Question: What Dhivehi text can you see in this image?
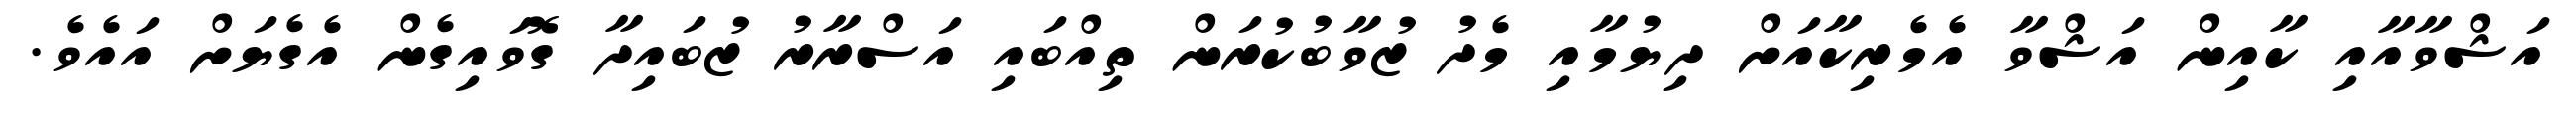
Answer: އަޝްވާއާއި ކާއިން އަޝްވާ އެމެރިކާއަށް ދިޔުމާއި މެދު ޒުވާބުކުރަން ތިއްބައި އަސްރާރު ޒުބައިދާ ގޮވައިގެން އެގެޔަށް އައެވެ.